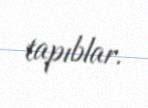
tapıblar.